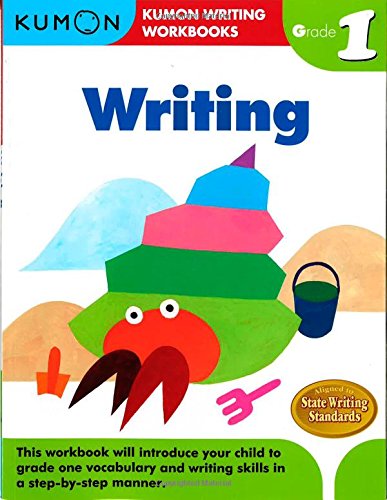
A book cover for Grade 1 Writing (Kumon Writing Workbooks); Kumon Publishing; Test Preparation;